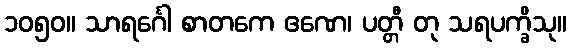
၁၀၅၀။ သာရင်္ဂေါ စာတကေ ဧဏေ၊ ပတ္တီ တု သရပက္ခိသု။